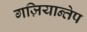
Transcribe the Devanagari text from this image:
गज़ियान्तेप